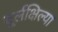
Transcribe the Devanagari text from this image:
दूर्लक्षिल्या